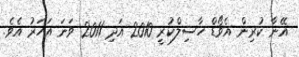
އޭނާ ކުރިން އެވޯޑް ހާސިލްކުރީ 2010 އަދި 2011 ވަނަ އަހަރު އެވެ.